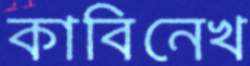
কাবিনেখ